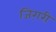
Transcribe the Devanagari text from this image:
जिग़री